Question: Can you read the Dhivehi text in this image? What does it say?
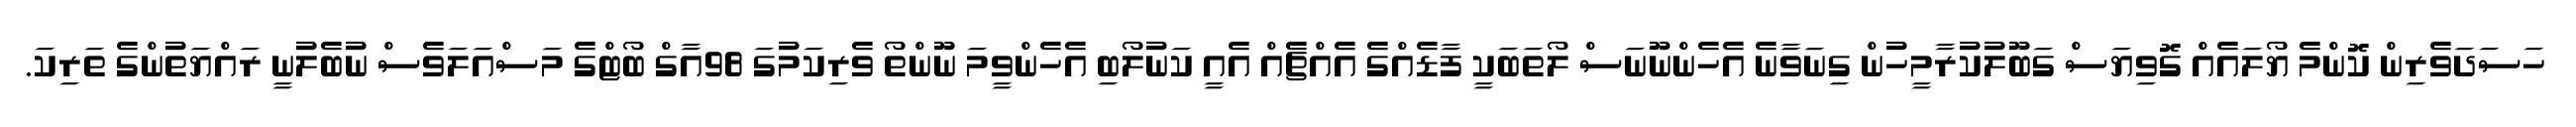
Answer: ހަސަދަވެރިން ކޮންމެ ޔޯލައެއް ގޮވިޔަސް ގަބޫލުކުރާމީހުން ގިނަވާނެ އެހެންނޫނަސް ލޯތަބަކީ ފާޑެއްގެ އެއްޗެއް އެއީ ކަނުލޯބި އެހެންވީމަ ނޫންތޯ ވެރިކަމުގަ 98އާގް ބޯޓްގެ މަސްއަލަވެސް ނުބެލުނީ ރައްޔަތުންގެ ތަރިކަ.